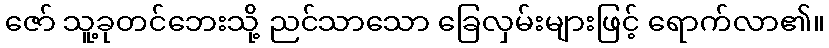
ဇော် သူ့ခုတင်ဘေးသို့ ညင်သာသော ခြေလှမ်းများဖြင့် ရောက်လာ၏။